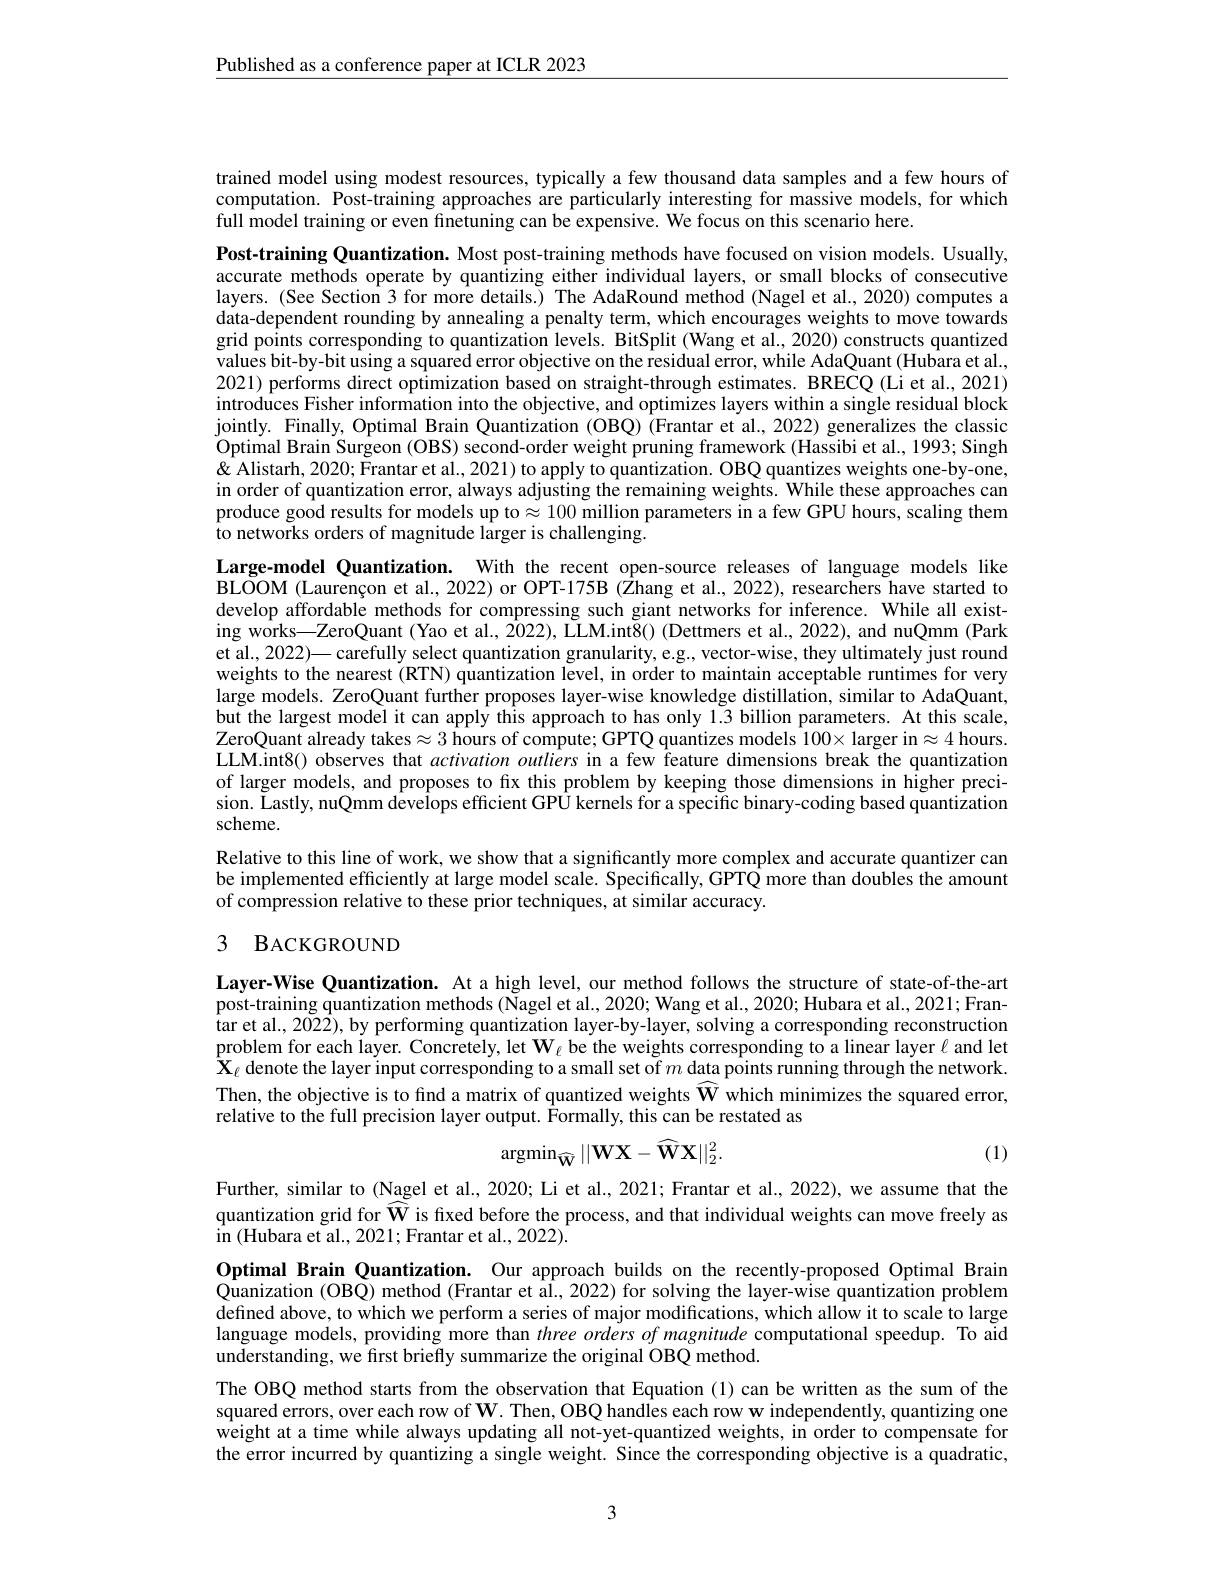
$\underline{\text{Published as a conference paper at ICLR 2023}}$

trained model using modest resources, typically a few thousand data samples and a few hours of computation. Post-training approaches are particularly interesting for massive models, for which full model training or even finetuning can be expensive. We focus on this scenario here.

Post-training Quantization. Most post-training methods have focused on vision models. Usually, accurate methods operate by quantizing either individual layers, or small blocks of consecutive layers. (See Section 3 for more details.) The AdaRound method (Nagel et al., 2020) computes a data-dependent rounding by annealing a penalty term, which encourages weights to move towards grid points corresponding to quantization levels. BitSplit (Wang et al., 2020) constructs quantized values bit-by-bit using a squared error objective on the residual error, while AdaQuant (Hubara et al., 2021) performs direct optimization based on straight-through estimates. BRECQ (Li et al., 2021) introduces Fisher information into the objective, and optimizes layers within a single residual block jointly. Finally, Optimal Brain Quantization (OBQ) (Frantar et al., 2022) generalizes the classic Optimal Brain Surgeon (OBS) second-order weight pruning framework (Hassibi et al., 1993; Singh & & Alistarh, 2020; Frantar et al., 2021) to apply to quantization. OBQ quantizes weights one-by-one, in order of quantization error, always adjusting the remaining weights. While these approaches can produce good results for models up to$\approx100$ million parameters in a few GPU hours, scaling them to networks orders of magnitude larger is challenging.
Large-model Quantization. With the recent open-source releases of language models like

$\bar{\text{BLOOM (Laurençon et al., 2022) or OPT-175B (\hat{\text{Zhang et al.,2022),researchers have started to}}}}$ develop affordable methods for compressing such giant networks for inference. While all existing works—ZeroQuant (Yao et al., 2022), LLM.int8() (Dettmers et al., 2022), and nuQmm (Park et al., 2022)— carefully select quantization granularity, e.g., vector-wise, they ultimately just round weights to the nearest (RTN) quantization level, in order to maintain acceptable runtimes for very large models. ZeroQuant further proposes layer-wise knowledge distillation, similar to AdaQuant, but the largest model it can apply this approach to has only 1.3 billion parameters. At this scale, ZeroQuant already takes$\approx 3\text{ \^ {h}oursofcompute; GPTQquantizesmodels}100\times$larger in$\approx4$ hours LLM.int8() observes that activation outliers in a few feature dimensions break the quantization of larger models, and proposes to fix this problem by keeping those dimensions in higher precision. Lastly, nuQmm develops efficient GPÛ kernels for a specific binary-coding based quantization scheme.
Relative to this line of work, we show that a significantly more complex and accurate quantizer can be implemented efficiently at large model scale. Specifically, GPTQ more than doubles the amount

of compression relative to these prior techniques, at similar accuracy.

## 3 BACKGROUND

Layer-Wise Quantization. At a high level, our method follows the structure of state-of-the-art post-training quantization methods (Ñagel et al., 2020; Wang et al., 2020; Hubara et al., 2021; Frantar et al., 2022), by performing quantization layer-by-layer, solving a corresponding reconstruction problem for each layer. Concretely, let $\mathbf{W}_{\ell}$ be the weights corresponding to a linear layer $\ell$ and let $\hat{\mathbf{X}}_{\ell}$ denote the layer input corresponding to a small set of $m$ data points running through the network. Then, the objective is to find a matrix of quantized weights $\widehat{\mathbf{W}}$ which minimizes the squared error, relative to the full precision layer output. $\hat{\text{Formally,thiscanberestatedas}}$
$$\mathrm{argmin}_{\widehat{\mathbf{W}}}||\mathbf{W}\mathbf{X}-\widehat{\mathbf{W}}\mathbf{X}||_{2}^{2}.$$
(1)

Further, similar to (Nagel et al., 2020; Li et al., 2021; Frantar et al., 2022), we assume that the quantization grid for $\widehat{\mathbf{W}}$ is fixed before the process, and that individual weights can move freely as $\hat{\text{in }}($Hubara et al., 2021; Frantar et al., 2022).

Optimal Brain Quantization. Our approach builds on the recently-proposed Optimal Brain Quanization (OBQ) method (Frantar et al., 2022) for solving the layer-wise quantization problem defined above, to which we perform a series of major modifications, which allow it to scale to large defined above, to which we perform a series of major modifications, which allow it to scale tø large language models, providing more than $three\textit{orders of magnitude computational speedup. To aid}$ understanding, we first briefly summarize the original OBQ method.
The OBQ method starts from the observation that Equation (1) can be written as the sum of the squared errors, over each row of $\mathbf{W}.$ Then, OBQ handles each row w independently, quantizing one $\hat{\text{weightatatimewhile alwaysupdating all not-yet-quantized weights, in order to compensate for}}$ the error incurred by quantizing a single weight. Since the corresponding objective is a quadratic,

3